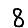
Digit: 8